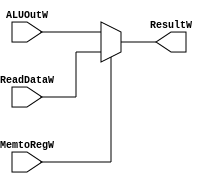
`timescale 1ns / 1ps

module MUXResult #(parameter WIDTH=32)
   (
    input [WIDTH-1:0]  ALUOutW,
    input [WIDTH-1:0]  ReadDataW,
    input 	       MemtoRegW,
    output [WIDTH-1:0] ResultW
    );

   assign ResultW=(MemtoRegW)?ReadDataW:ALUOutW;
   
endmodule // MUXResult